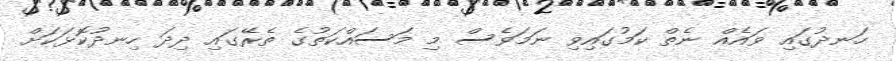
ހަނދުގައި ވައެއް ނެތް ކަމުގައިވި ނަމަވެސް މި މަސައްކަތުގެ ތެރޭގައި ދިދަ ހިނދުކޮޅަކަށް